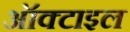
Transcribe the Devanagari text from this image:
ऑक्टाइल